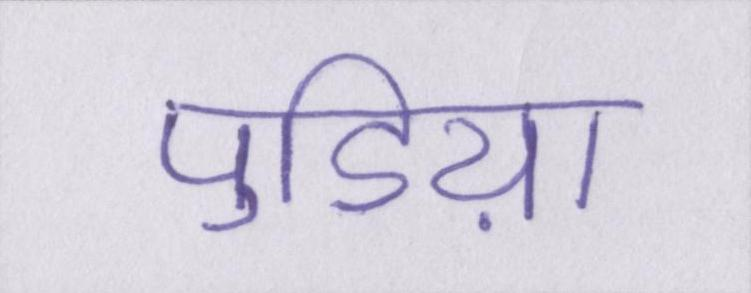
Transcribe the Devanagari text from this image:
पुडिय़ा